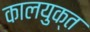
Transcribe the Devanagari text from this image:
कालयुक्त